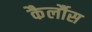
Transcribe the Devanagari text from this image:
कैर्लौस